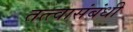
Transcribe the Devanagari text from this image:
तत्त्वासंबंधी